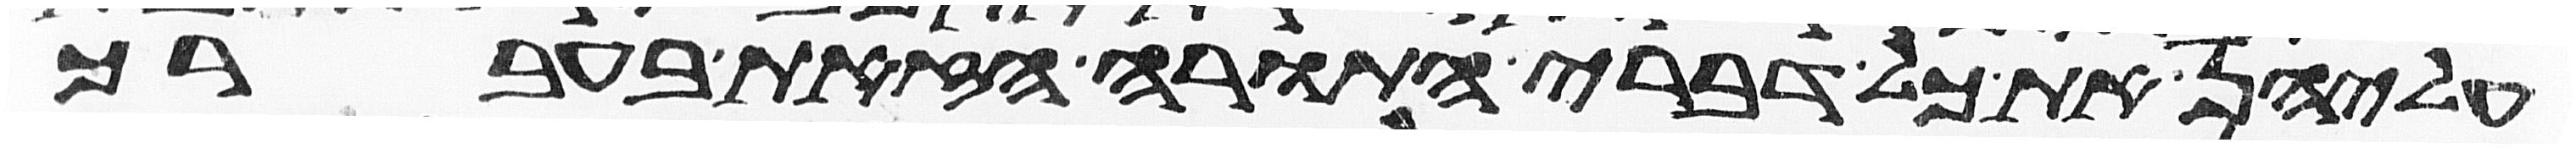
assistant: עליהן את כל דברי התורה הזאת בעברך